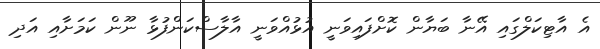
އެ އާޓިކަލްގައި އޭނާ ބަޔާން ކޮށްފައިވަނީ އުޅުއްވަނީ އާލާސްކަންފުޅާ ނޫން ކަމަށާއި އަދި